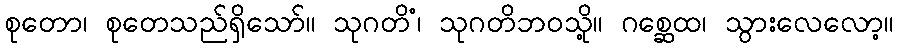
စုတော၊ စုတေသည်ရှိသော်။ သုဂတိံ၊ သုဂတိဘဝသို့။ ဂစ္ဆေထ၊ သွားလေလော့။